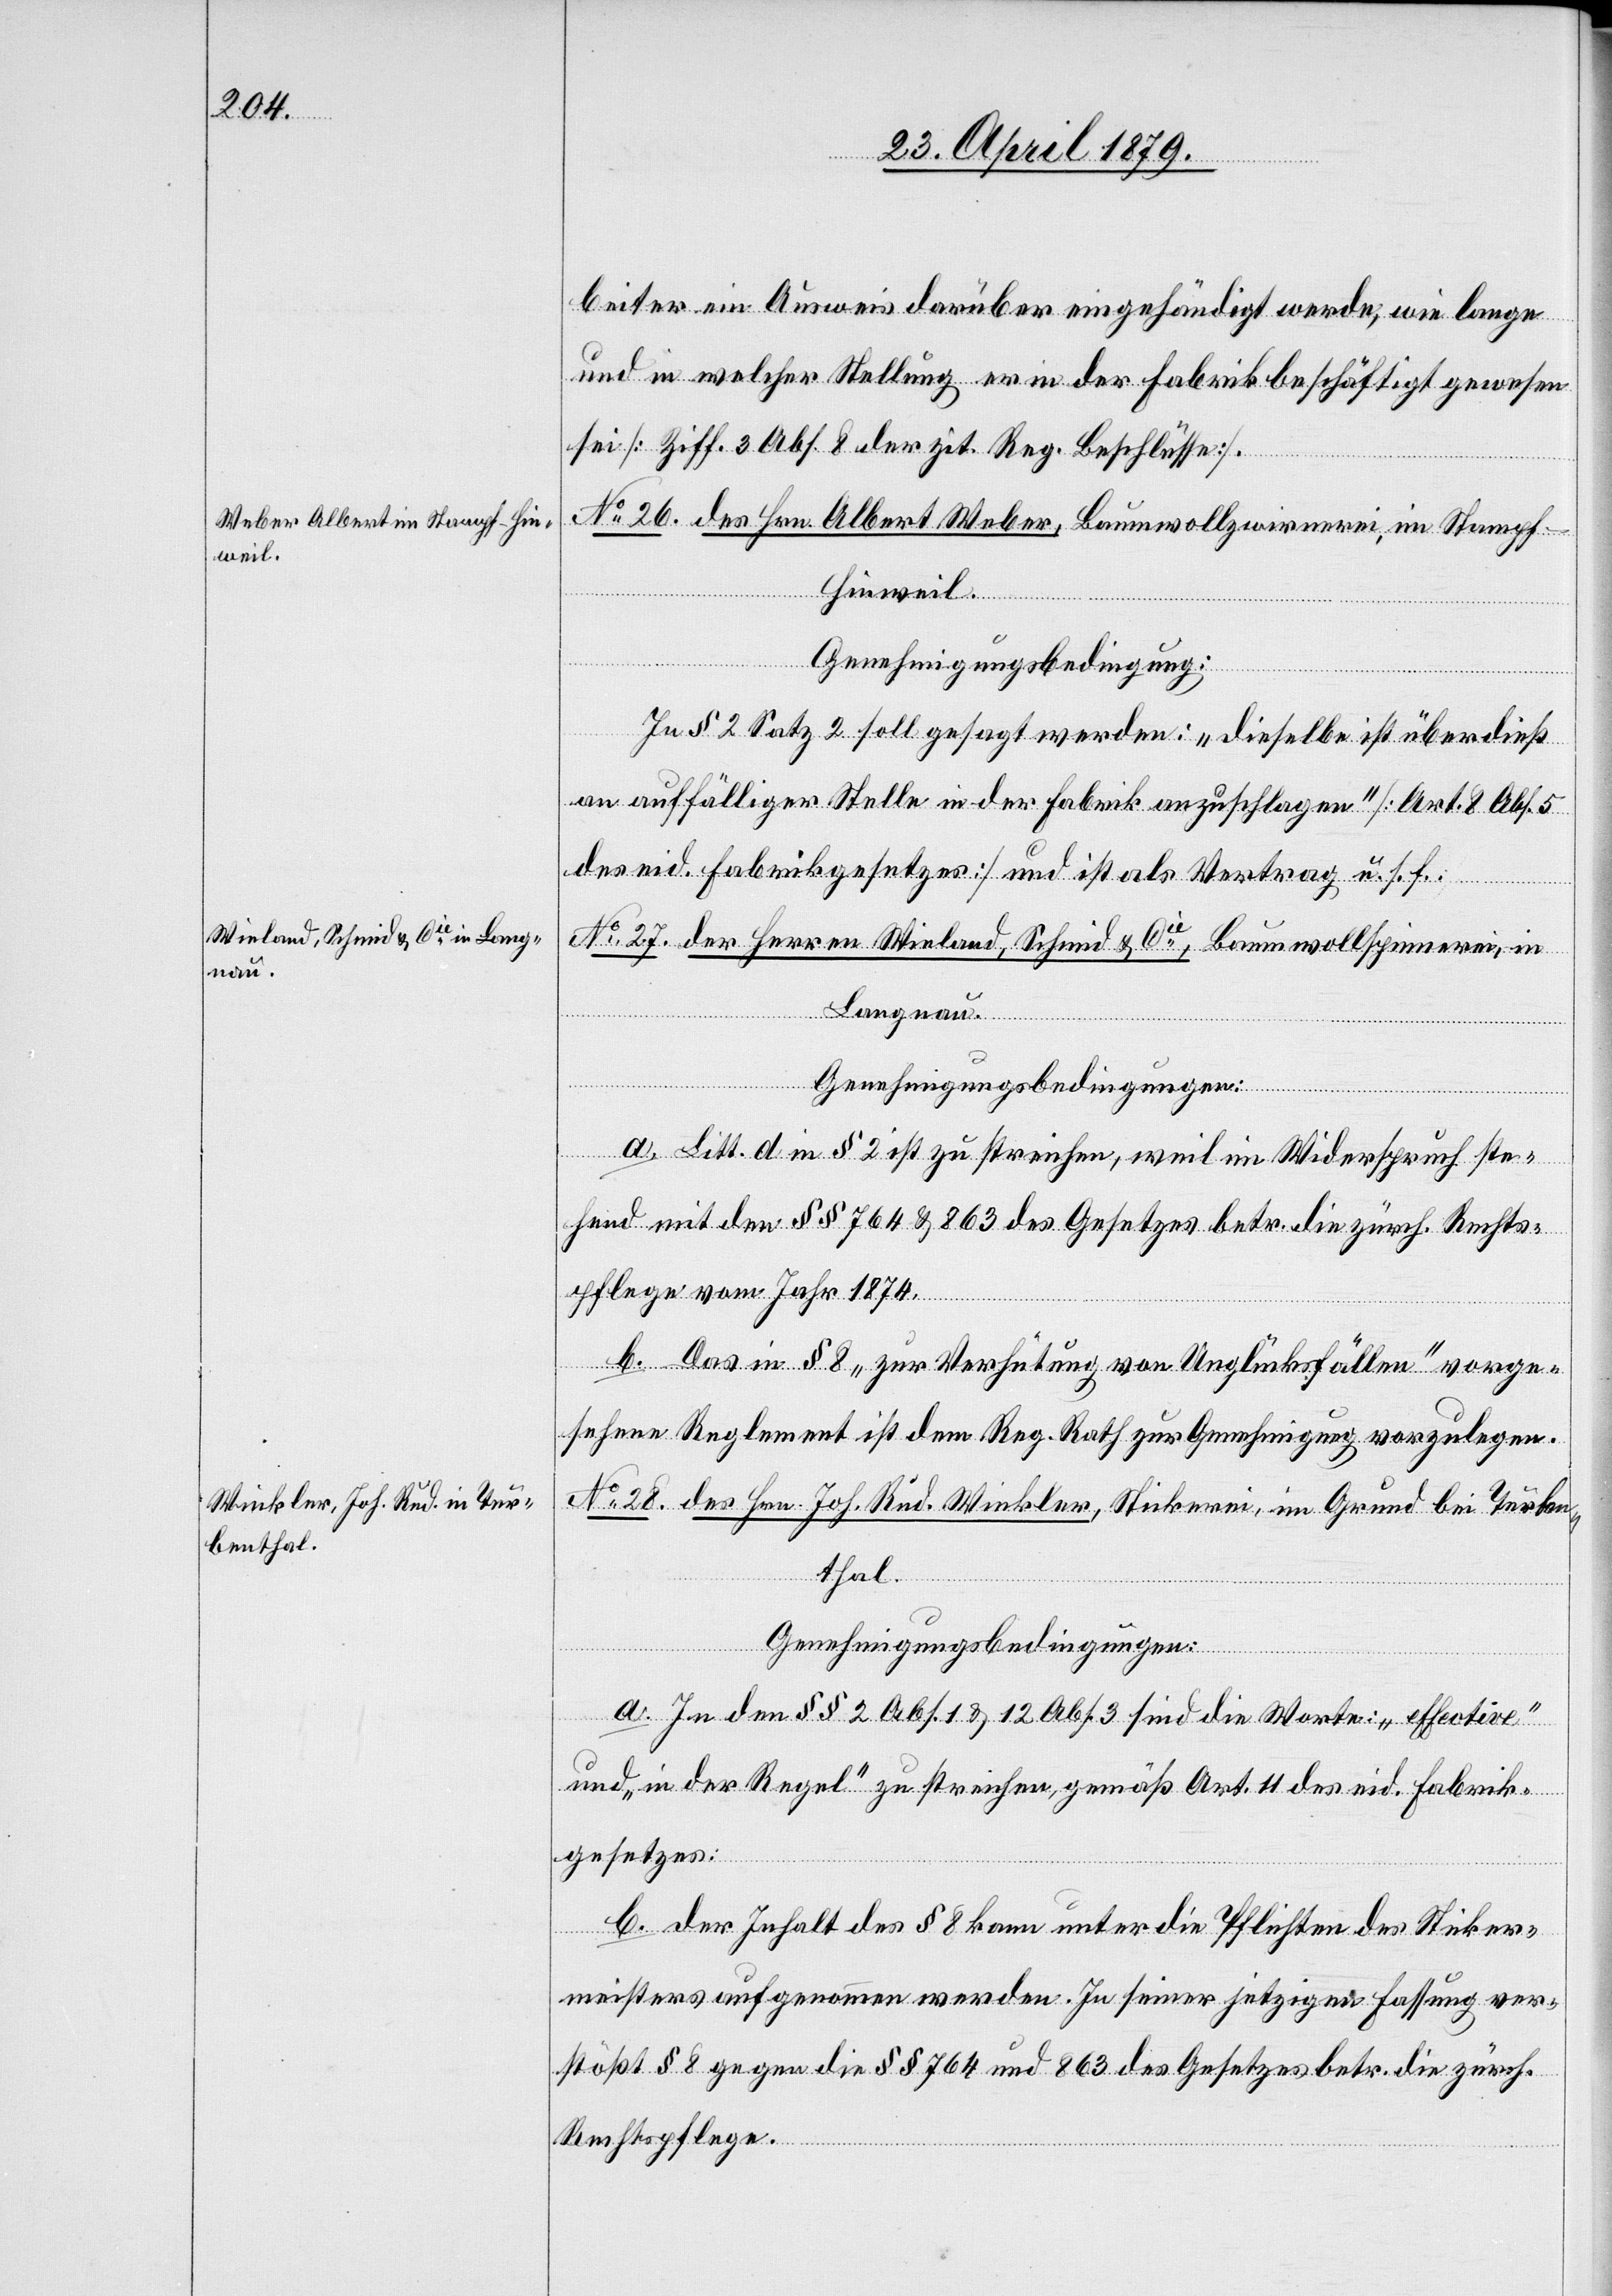
beiter ein Ausweis darüber eingehändigt werde, wie lange
und in welcher Stellung er in der Fabrik beschäftigt gewesen
sei [Ziff. 3 Abs. 8 der zit. Reg. Beschlüsse].
No 26. des Hrn. Albert Weber, Baumwollzwirnerei, im Stampf
Hinweil.
Genehmigungsbedingung:
In § 2 Satz 2 soll gesagt werden: „Dieselbe ist überdieß
an auffälliger Stelle in der Fabrik anzuschlagen“ [Art. 8 Abs. 5
des eid. Fabrikgesetzes] und ist als Vertrag u. s. f.
RRB
No 27. der Herren Wieland, Schmid & Cie, Baumwollspinnerei, in
Langnau.
Genehmigungsbedingungen:
a. Litt. d in § 2 ist zu streichen, weil im Widerspruch ste¬
hend mit den §§ 764 & 863 des Gesetzes betr. die zürch. Rechts¬
pflege vom Jahr 1874.
b. Das in § 8 „zur Verhütung von Unglücksfällen“ vorge¬
sehene Reglement ist dem Reg. Rath zur Genehmigung vorzulegen.
No 28. des Hrn. Joh. Rud. Winkler, Stickerei, im Grund bei Turben¬
thal.
Genehmigungsbedingungen:
a. In den §§ 2 Abs. 1 & 12 Abs. 3 sind die Worte: „effective“
und „in der Regel“ zu streichen, gemäß Art. 11 des eid. Fabrik¬
gesetzes.
b. Der Inhalt des § 8 kann unter die Pflichten des Sticker¬
meisters aufgenommen werden. In seiner jetzigen Fassung ver¬
stößt § 8 gegen die §§ 764 und 863 des Gesetzes betr. die zürch.
Rechtspflege.